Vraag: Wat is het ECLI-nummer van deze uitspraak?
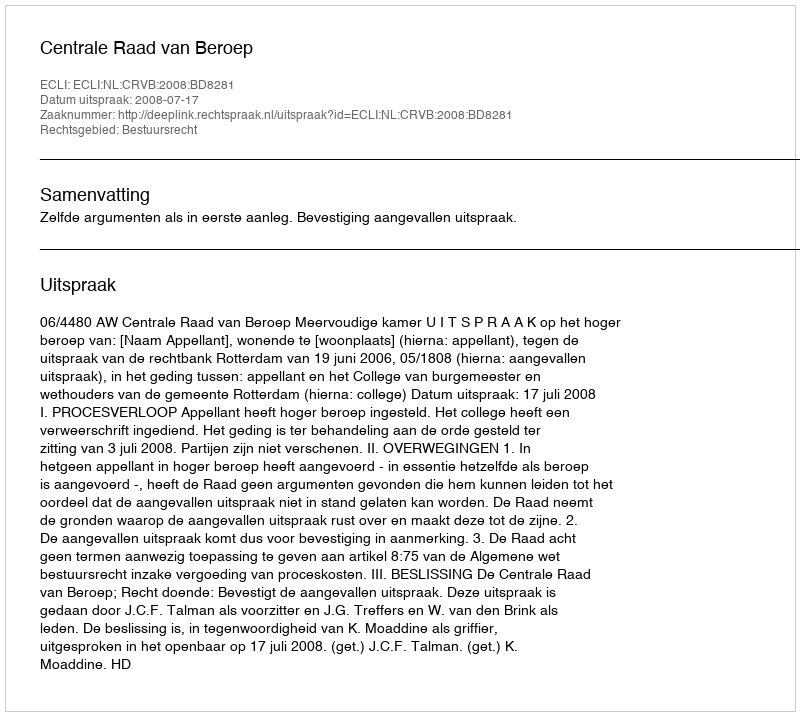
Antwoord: ECLI:NL:CRVB:2008:BD8281